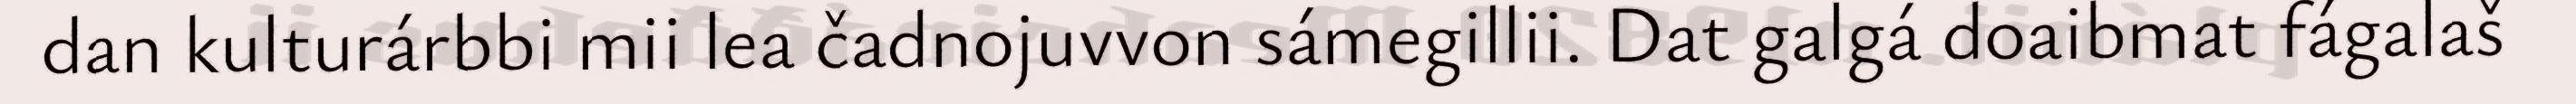
dan kulturárbbi mii lea čadnojuvvon sámegillii. Dat galgá doaibmat fágalaš